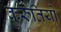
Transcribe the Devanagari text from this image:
कुरुतियों